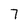
Character: 7